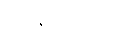
ရှိနေသည်။